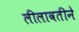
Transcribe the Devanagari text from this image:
लीलावतीने